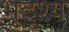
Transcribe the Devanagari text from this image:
भूदृश्‍य